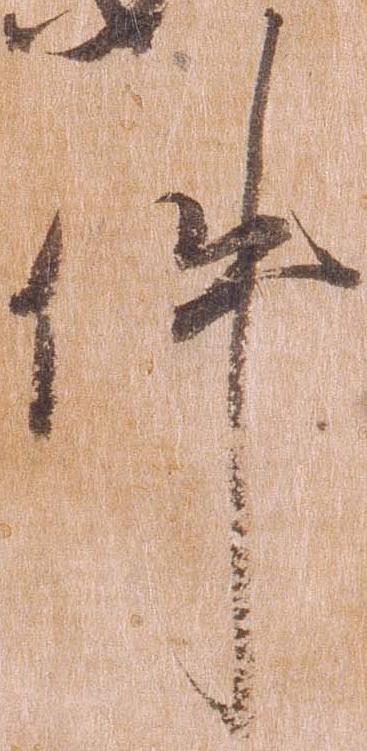
件